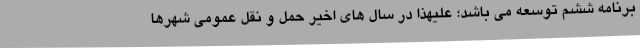
برنامه ششم توسعه می باشد؛ علیهذا در سال های اخیر حمل و نقل عمومی شهرها